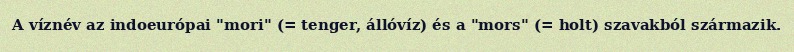
A víznév az indoeurópai "mori" (= tenger, állóvíz) és a "mors" (= holt) szavakból származik.